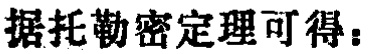
据托勒密定理可得：